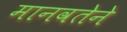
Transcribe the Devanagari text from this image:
मानवतेने